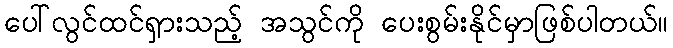
ပေါ်လွင်ထင်ရှားသည့် အသွင်ကို ပေးစွမ်းနိုင်မှာဖြစ်ပါတယ်။